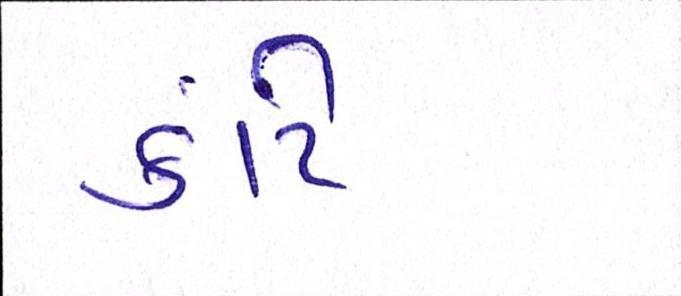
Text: કાંટે